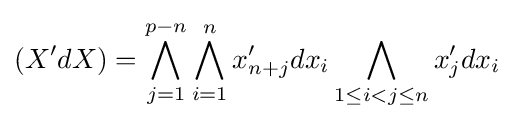
(X'dX)=\bigwedge _{j=1}^{p-n}\bigwedge _{i=1}^{n}x_{n+j}'dx_{i}\bigwedge _{1\leq i<j\leq n}x_{j}'dx_{i}